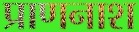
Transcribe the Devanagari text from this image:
प्राणनाश